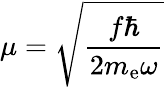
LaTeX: \mu=\sqrt{\frac{f\hbar}{2m_{\mathrm{e}}\omega}}